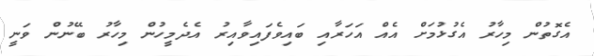
އެގޮތުން މިހާރު އެގުޅުމަށް އެއް އަހަރާއި ބައިވެފައިވާއިރު އެދެމީހުން މިހާރު ބޭނުން ވަނީ